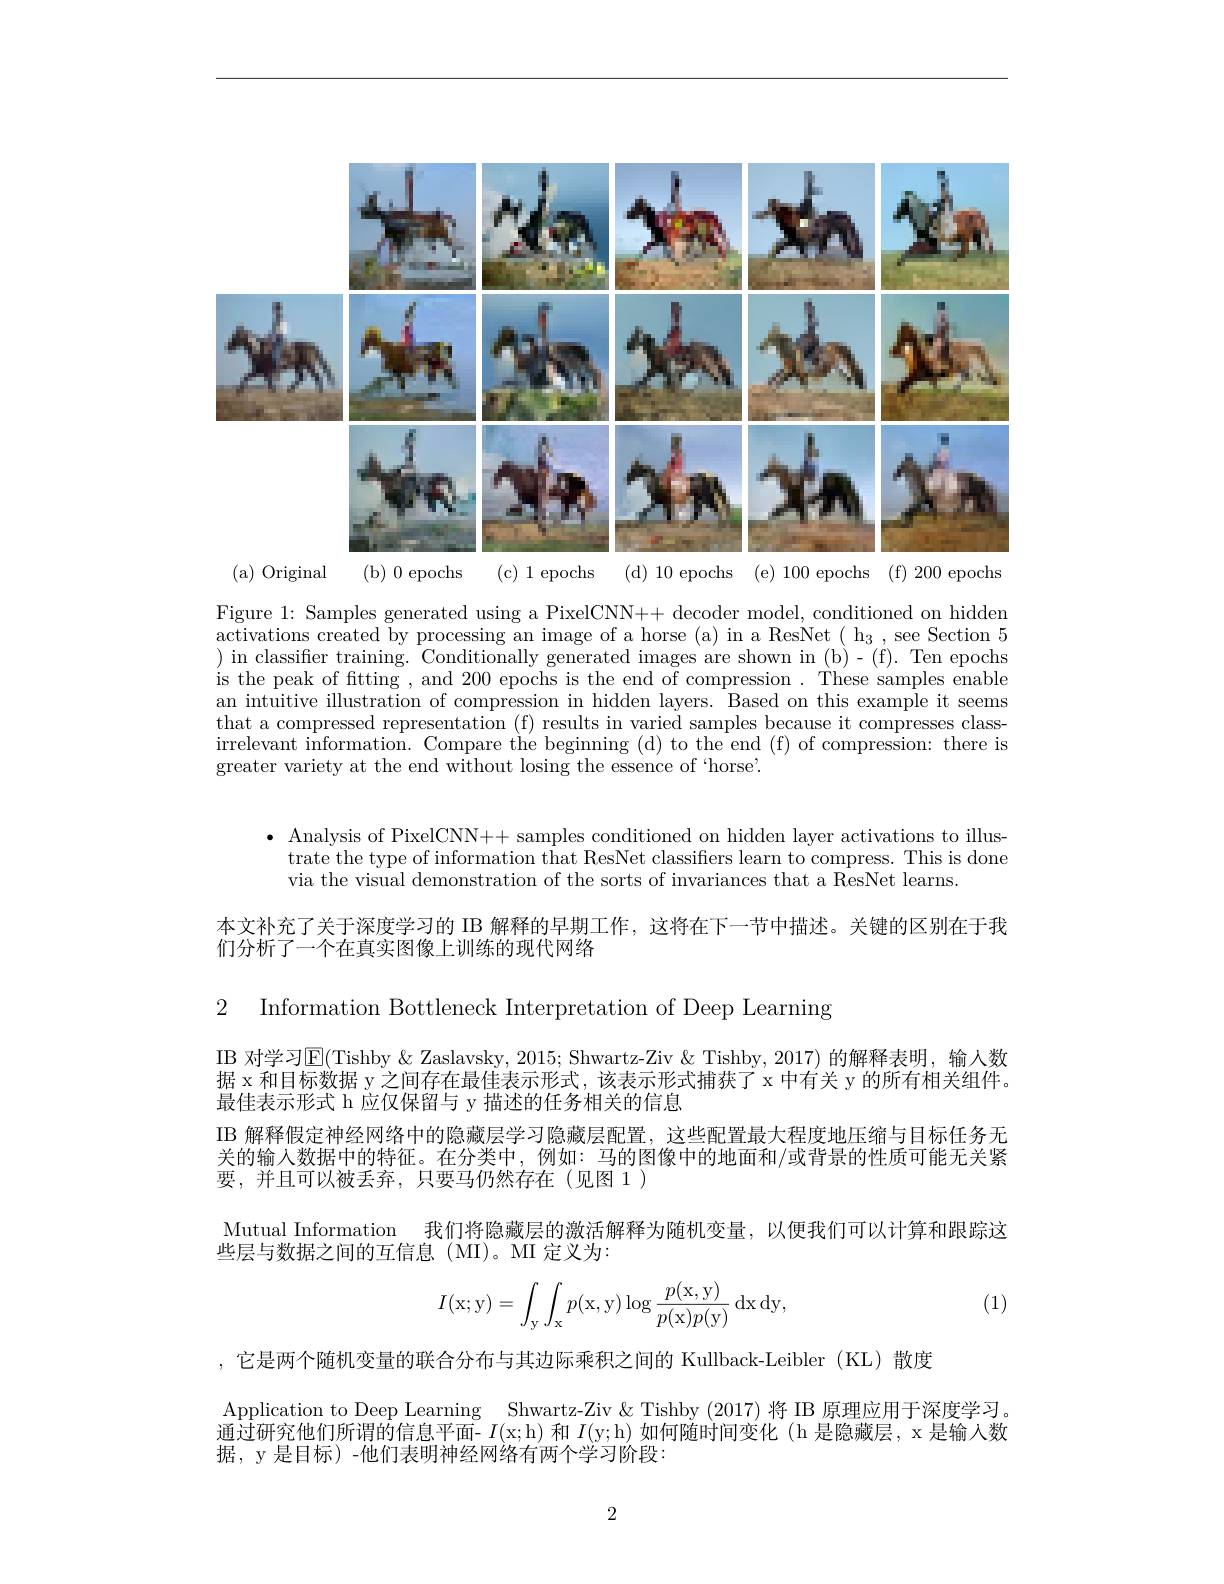
<FigureHere>
( a) Original
( b) 0 epochs ( c) 1 epochs

Figure 1: Samples generated using a PixelCNN++ decoder model, conditioned on hidden activations created by processing an image of a horse (a) in a ResNet ( h$_3$,see Section 5 ) in classiffer training. Conditionally generated images are shown in (b)-(f). Ten epochs is the peak of fitting , and 200 epochs is the end of compression . These samples enable an intuitive illustration of that a compressed representation (f) results in varied samples because it compresses classirrelevant information. Comp greater variety at the end without losing the essence of `horse'.

$\bullet$ Analysis of PixelCNN++ s
trate the type of information that ResNet classifiers learn to compress. This is done
via the visual demonstration of the sorts of invariances that a ResNet learns.

本文补充了关于深度学习的 IB 解释的早期工作，这将在下
们分析了一个在真实图像上训练的现代网络

2 Information Bottleneck Interpretation of Deep Learning

IB 对学习$\overline{\mathrm{E}}($Tishby &Zaslavsky, 2015; Shwartz-Ziv & Tishby, 2017) 的解释表明，输入数据 x 和目标数据 y 之间存在最佳表示形式，该表示形式最佳表示形式 h 应仅保留与 y 描述的任务相关的信息
IB 解释假定神经网络中的隐藏层学习隐藏层配置，这些配置关的输入数据中的特征。在分类中，例如：马的图像中的地面要，并且可以被丢弃，只要马仍然存在(见图 1)
Mutual Information 我们将隐藏层的激活
些层与数据之间的互信息(MI)。MI 定义为：

(1)
$$I(\mathrm x;\mathrm y)=\int_\mathrm y\int_\mathrm xp(\mathrm x,\mathrm y)\log\frac{p(\mathrm x,\mathrm y)}{p(\mathrm x)p(\mathrm y)}\:\mathrm d\mathrm x\:\mathrm d\mathrm y,$$
,它是两个随机变量的联合分布与其边际乘积之间的 Kullback-Leibler(KL)散度
Application to Deep Learning 通过研究他们所谓的信息平面- $I($x;h) 和$I($y;h) 如何随时间变化 (h 是隐藏层，x 是输入数据，y 是目标) -他们表明神经网络有两个学习阶段：

2